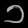
Digit: ၁